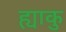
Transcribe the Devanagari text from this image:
ह्याकु